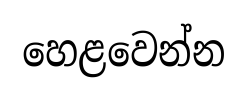
හෙළවෙන්න